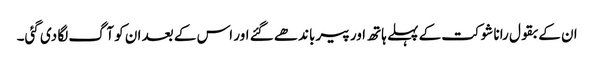
ان کے بقول رانا شوکت کے پہلے ہاتھ اور پیر باندھے گئے اور اس کے بعد ان کو آگ لگا دی گئی۔